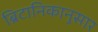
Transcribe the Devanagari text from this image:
ब्रिटानिकानुसार